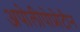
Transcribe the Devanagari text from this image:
अपोलीपोप्रोटीन